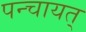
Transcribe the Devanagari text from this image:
पन्चायत्